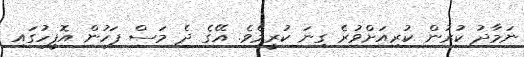
ނަމާދު ކުރުން ކުރިއަށްވުރެ ގިނަ ކުރީމެވެ. އޭގެ ދެ މަސް ފަހުން އޮފީހުގައި